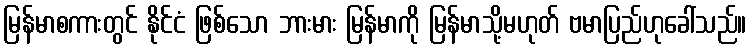
မြန်မာစကားတွင် နိုင်ငံ ဖြစ်သော ဘားမား မြန်မာကို မြန်မာသို့မဟုတ် ဗမာပြည်ဟုခေါ်သည်။